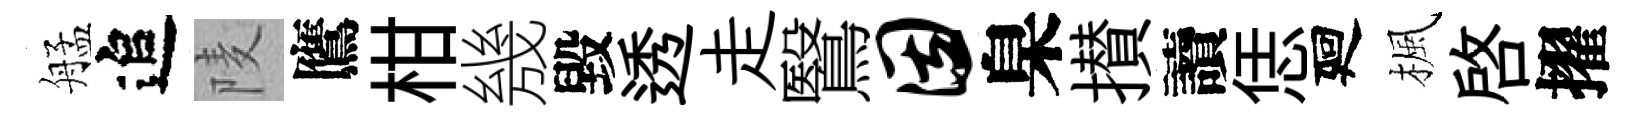
艋追𨹧鷹柑㡬毀透走鷖因臬攅讀恁廻楓啓擢